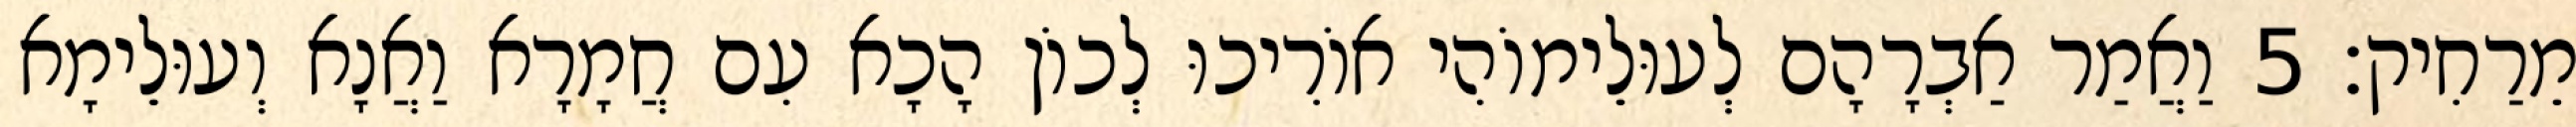
מֵרַחִיק׃ 5 וַאֲמַר אַבְרָהָם לְעוּלֵימוֹהִי אוֹרִיכוּ לְכוֹן הָכָא עִם חֲמָרָא וַאֲנָא וְעוּלֵימָא